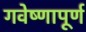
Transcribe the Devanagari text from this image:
गवेष्णापूर्ण